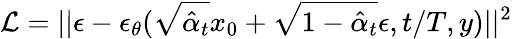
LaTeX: \mathcal{L}=||\epsilon-\epsilon_{\theta}(\sqrt{\hat{\alpha}_{t}}x_{0}+\sqrt{1-\hat{\alpha}_{t}}\epsilon,t/T,y)||^{2}